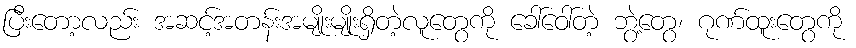
ပြီးတော့လည်း အဆင့်အတန်းအမျိုးမျိုးရှိတဲ့လူတွေကို ခေါ်ဝေါ်တဲ့ ဘွဲ့တွေ၊ ဂုဏ်ထူးတွေကို